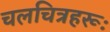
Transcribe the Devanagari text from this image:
चलचित्रहरूः